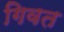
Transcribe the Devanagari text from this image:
गिवत